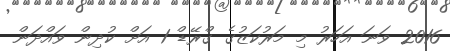
2016 ވަނަ އަހަރު މި މަރުކަޒުގެ ގްރޭޑް 1 އަށް ކުދިން ވައްދަން